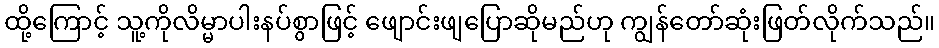
ထို့ကြောင့် သူ့ကိုလိမ္မာပါးနပ်စွာဖြင့် ဖျောင်းဖျပြောဆိုမည်ဟု ကျွန်တော်ဆုံးဖြတ်လိုက်သည်။